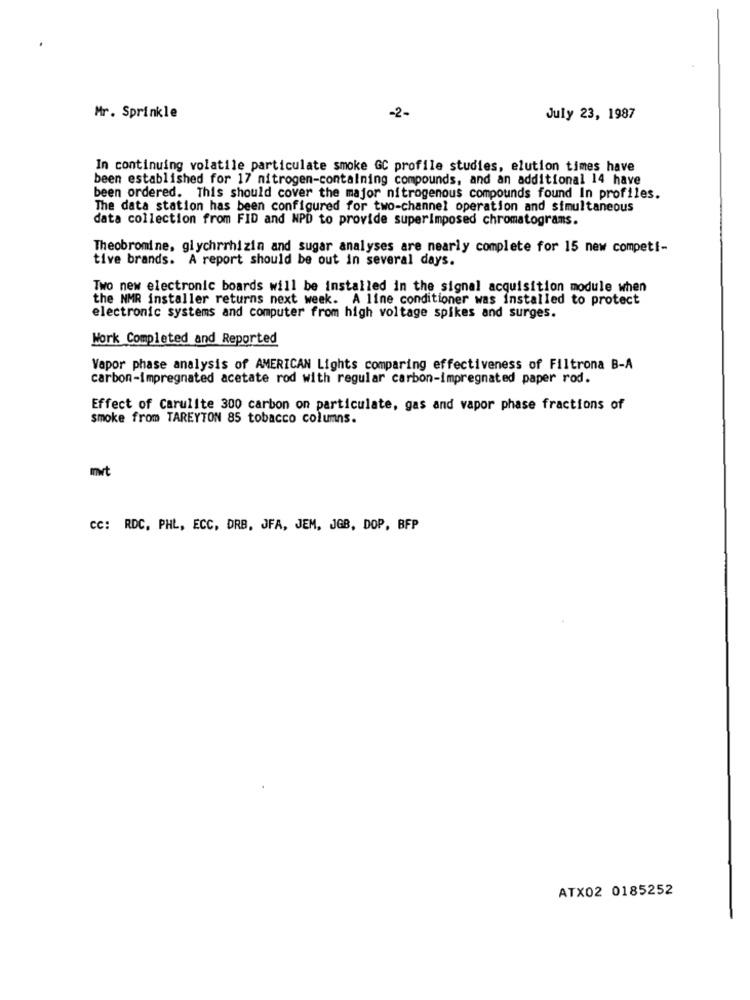
Mr. Sprinkle
-2-
July 23, 1987
In continuing volatile particulate smoke GC profile studies, elution times have
been established for 17 nitrogen-containing compounds, and an additional 14 have
been ordered. This should cover the major nitrogenous compounds found In profiles.
The data station has been configured for two-channel operation and simultaneous
data collection from FID and NPD to provide superimposed chromatograms.
Theobromine, glychrrhizin and sugar analyses are nearly complete for 15 new competi-
tive brands. A report should be out in several days.
Two new electronic boards will be installed in the signal acquisition module when
the NMR installer returns next week. A line conditioner was installed to protect
electronic systems and computer from high voltage spikes and surges.
Work Completed and Reported
Vapor phase analysis of AMERICAN Lights comparing effectiveness of Filtrona B-A
carbon-impregnated acetate rod with regular carbon-impregnated paper rod.
Effect of Carulite 300 carbon on particulate, gas and vapor phase fractions of
smoke from TAREYTON 85 tobacco columns.
CC: RDC, PHL, ECC, DRB, JFA, JEM, JGB, DOP, BFP
ATX02 0185252